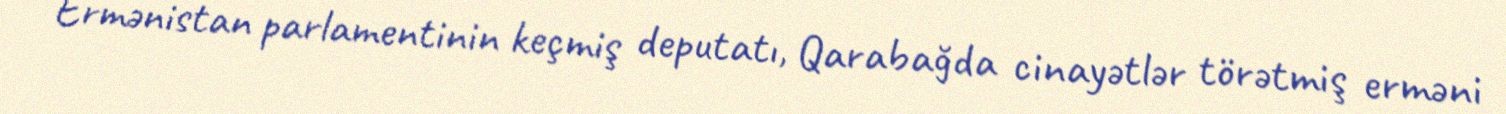
Ermənistan parlamentinin keçmiş deputatı, Qarabağda cinayətlər törətmiş erməni